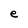
Character: e